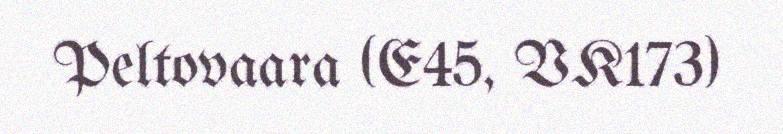
Peltovaara (E45, VK173)